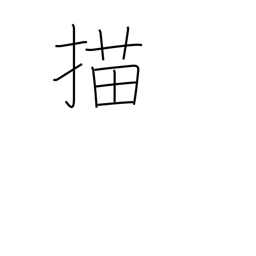
Meaning: draw